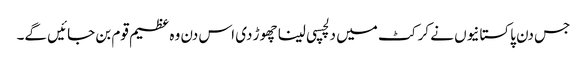
جس دن پاکستانیوں نے کرکٹ میں دلچسپی لینا چھوڑ دی اس دن وہ عظیم قوم بن جائیں گے۔